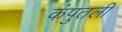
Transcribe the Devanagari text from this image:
कंपुतली